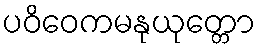
ပဝိဝေကမနုယုတ္တော